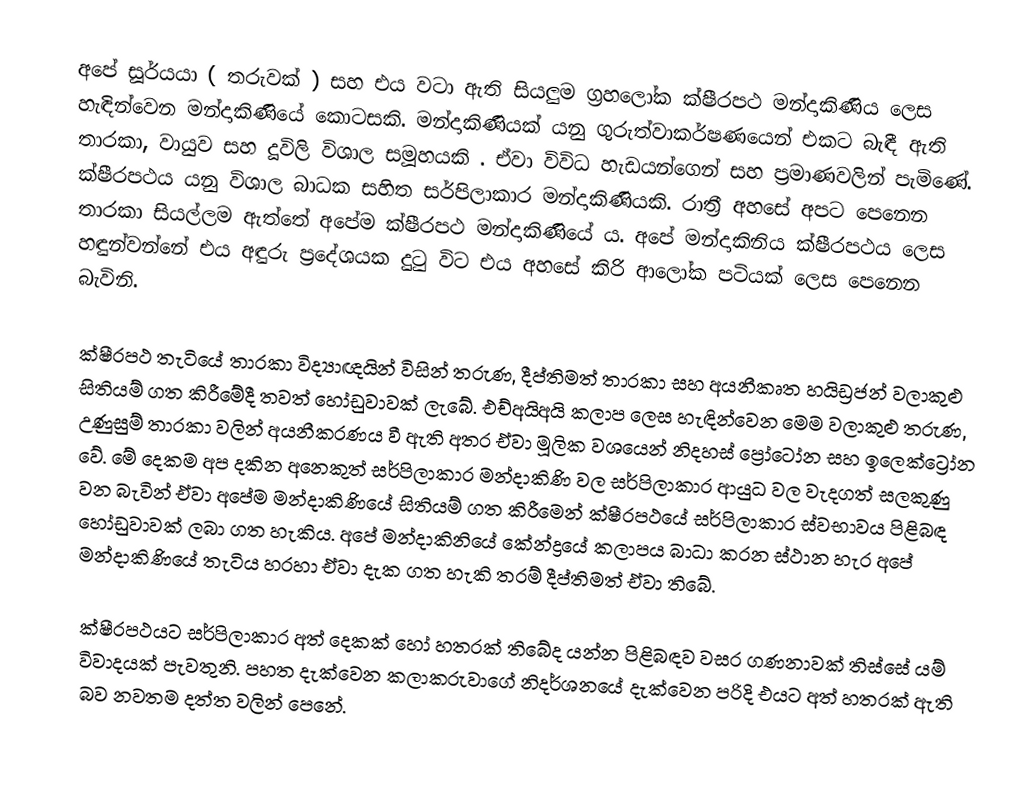
අපේ සූර්යයා ( තරුවක් ) සහ එය වටා ඇති සියලුම ග්‍රහලෝක ක්ෂීරපථ මන්දාකිණිය ලෙස හැඳින්වෙන මන්දාකිණියේ කොටසකි. මන්දාකිණියක් යනු ගුරුත්වාකර්ෂණයෙන් එකට බැඳී ඇති තාරකා, වායුව සහ දූවිලි විශාල සමූහයකි . ඒවා විවිධ හැඩයන්ගෙන් සහ ප්‍රමාණවලින් පැමිණේ. ක්ෂීරපථය යනු විශාල බාධක සහිත සර්පිලාකාර මන්දාකිණියකි. රාත්‍රී අහසේ අපට පෙනෙන තාරකා සියල්ලම ඇත්තේ අපේම ක්ෂීරපථ මන්දාකිණියේ ය. අපේ මන්දාකිනිය ක්ෂීරපථය ලෙස හඳුන්වන්නේ එය අඳුරු ප්‍රදේශයක දුටු විට එය අහසේ කිරි ආලෝක පටියක් ලෙස පෙනෙන බැවිනි.

ක්ෂීරපථ තැටියේ තාරකා විද්‍යාඥයින් විසින් තරුණ, දීප්තිමත් තාරකා සහ අයනීකෘත හයිඩ්‍රජන් වලාකුළු සිතියම් ගත කිරීමේදී තවත් හෝඩුවාවක් ලැබේ. එච්අයිඅයි කලාප ලෙස හැඳින්වෙන මෙම වලාකුළු තරුණ, උණුසුම් තාරකා වලින් අයනීකරණය වී ඇති අතර ඒවා මූලික වශයෙන් නිදහස් ප්‍රෝටෝන සහ ඉලෙක්ට්‍රෝන වේ. මේ දෙකම අප දකින අනෙකුත් සර්පිලාකාර මන්දාකිණි වල සර්පිලාකාර ආයුධ වල වැදගත් සලකුණු වන බැවින් ඒවා අපේම මන්දාකිණියේ සිතියම් ගත කිරීමෙන් ක්ෂීරපථයේ සර්පිලාකාර ස්වභාවය පිළිබඳ හෝඩුවාවක් ලබා ගත හැකිය. අපේ මන්දාකිනියේ කේන්ද්‍රයේ කලාපය බාධා කරන ස්ථාන හැර අපේ මන්දාකිණියේ තැටිය හරහා ඒවා දැක ගත හැකි තරම් දීප්තිමත් ඒවා තිබේ.

ක්ෂීරපථයට සර්පිලාකාර අත් දෙකක් හෝ හතරක් තිබේද යන්න පිළිබඳව වසර ගණනාවක් තිස්සේ යම් විවාදයක් පැවතුනි. පහත දැක්වෙන කලාකරුවාගේ නිදර්ශනයේ දැක්වෙන පරිදි එයට අත් හතරක් ඇති බව නවතම දත්ත වලින් පෙනේ.